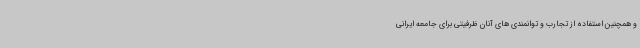
و همچنین استفاده از تجارب و توانمندی های آنان ظرفیتی برای جامعه ایرانی